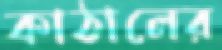
কাঠালের